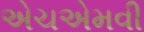
એચએમવી